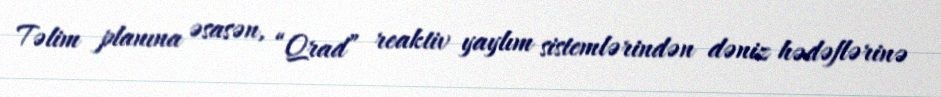
Təlim planına əsasən, “Qrad” reaktiv yaylım sistemlərindən dəniz hədəflərinə